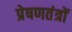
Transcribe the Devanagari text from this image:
प्रेषणतंत्रों